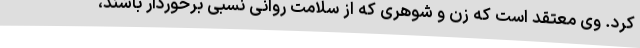
کرد. وی معتقد است که زن و شوهری که از سلامت روانی نسبی برخوردار باشند،